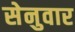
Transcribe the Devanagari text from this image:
सेनुवार